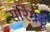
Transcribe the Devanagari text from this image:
सरिगडू